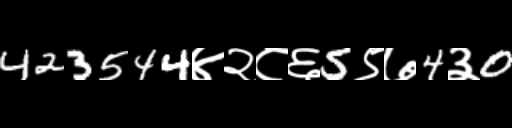
Text: 423544४२८६5९७4३0